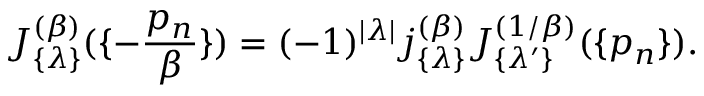
J _ { \{ \lambda \} } ^ { ( \beta ) } ( \{ - { \frac { p _ { n } } { \beta } } \} ) = ( - 1 ) ^ { | \lambda | } j _ { \{ \lambda \} } ^ { ( \beta ) } J _ { \{ \lambda ^ { \prime } \} } ^ { ( 1 / \beta ) } ( \{ p _ { n } \} ) .